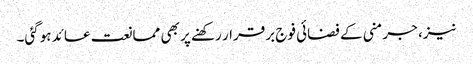
نیز، جرمنی کے فضائی فوج برقرار رکھنے پر بھی ممانعت عائد ہوگئی۔